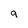
Character: 9